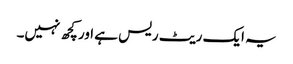
یہ ایک ریٹ ریس ہے اور کچھ نہیں۔